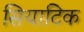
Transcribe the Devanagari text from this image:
सियाटिक